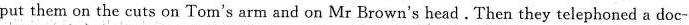
put them on the cuts on Tom's arm and on Mr Brown's head.Then they telephoned a doc-